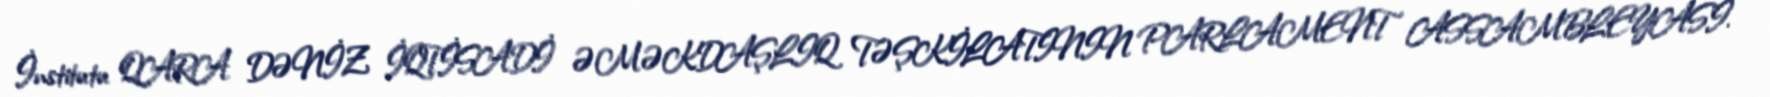
İnstitutu QARA DƏNİZ İQTİSADİ ƏMƏKDAŞLIQ TƏŞKİLATININ PARLAMENT ASSAMBLEYASI.